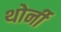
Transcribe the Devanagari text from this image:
थोर्नी